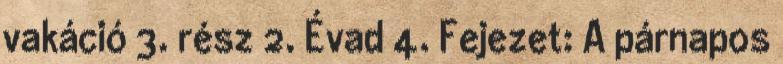
vakáció 3. rész 2. Évad 4. Fejezet: A párnapos